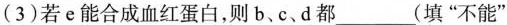
(3)若e能合成血红蛋白，则b、c、d都___(填”不能”